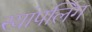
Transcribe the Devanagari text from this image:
स्यांपलिंग